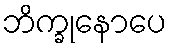
ဘိက္ခုနောပေ